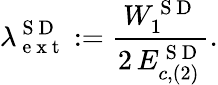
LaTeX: \lambda_{\mathrm{~e~x~t~}}^{\mathrm{~S~D~}}:=\frac{W_{1}^{\mathrm{~S~D~}}}{2\, E_{c,(2)}^{\mathrm{~S~D~}}}.